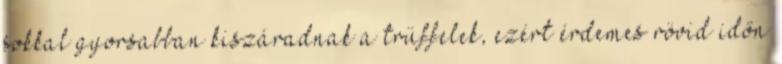
sokkal gyorsabban kiszáradnak a trüffelek, ezért érdemes rövid időn